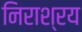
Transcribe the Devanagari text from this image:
निराश्रय